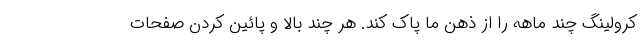
کرولینگ چند ماهه را از ذهن ما پاک کند. هر چند بالا و پائین کردن صفحات